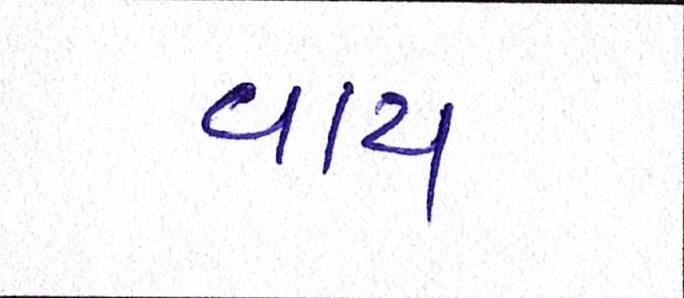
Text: વાય